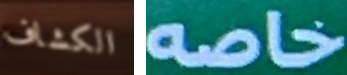
الكشاف خاصه